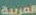
العربية